Civil Veterinary Department. Madras. Admin. report 1910-25 - 1910-1925
Year: 1910
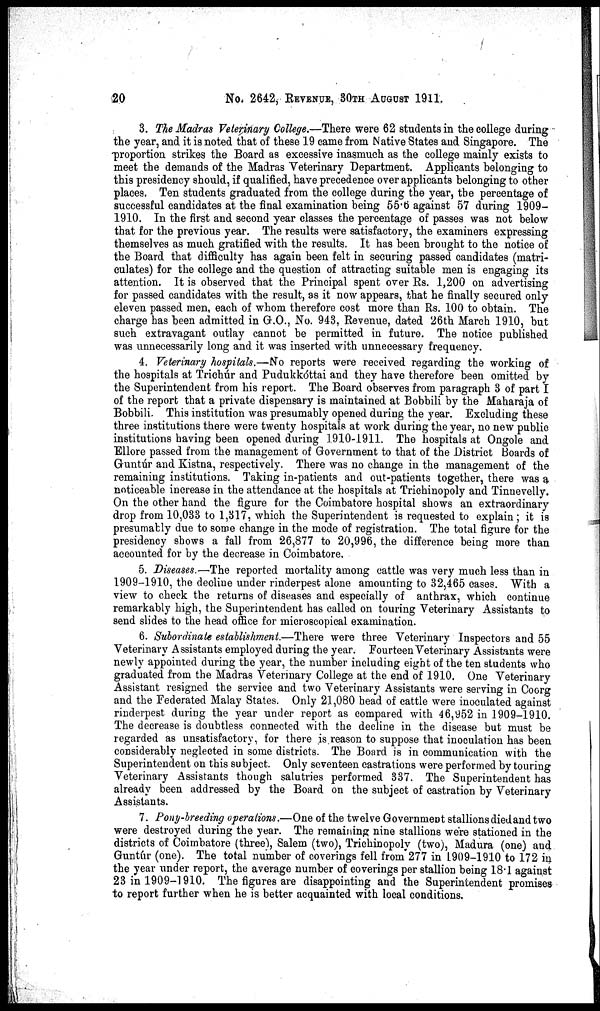
20
No. 2642, REVENUE, 30TH AUGUST 1911.
3. The Madras Veterinary College.—There were 62 students in the college during
the year, and it is noted that of these 19 came from Native States and Singapore. The
proportion strikes the Board as excessive inasmuch as the college mainly exists to
meet the demands of the Madras Veterinary Department. Applicants belonging to
this presidency should, if qualified, have precedence over applicants belonging to other
places. Ten students graduated from the college during the year, the percentage of
successful candidates at the final examination being 55.6 against 57 during 1909-
1910. In the first and second year classes the percentage of passes was not below
that for the previous year. The results were satisfactory, the examiners expressing
themselves as much gratified with the results. It has been brought to the notice of
the Board that difficulty has again been felt in securing passed candidates (matri-
culates) for the college and the question of attracting suitable men is engaging its
attention. It is observed that the Principal spent over Rs. 1,200 on advertising
for passed candidates with the result, as it now appears, that he finally secured only
eleven passed men, each of whom therefore cost more than Rs. 100 to obtain. The
charge has been admitted in G.O., No. 943, Revenue, dated 26th March 1910, but
such extravagant outlay cannot be permitted in future. The notice published
was unnecessarily long and it was inserted with unnecessary frequency.
4. Veterinary hospitals.—No reports were received regarding the working of
the hospitals at Trichúr and Pudukkóttai and they have therefore been omitted by
the Superintendent from his report. The Board observes from paragraph 3 of part I
of the report that a private dispensary is maintained at Bobbili by the Maharaja of
Bobbili. This institution was presumably opened during the year. Excluding these
three institutions there were twenty hospitals at work during the year, no new public
institutions having been opened during 1910-1911. The hospitals at Ongole and
Ellore passed from the management of Government to that of the District Boards of
Guntúr and Kistna, respectively. There was no change in the management of the
remaining institutions. Taking in-patients and out-patients together, there was a
noticeable increase in the attendance at the hospitals at Trichinopoly and Tinnevelly.
On the other hand the figure for the Coimbatore hospital shows an extraordinary
drop from 10,033 to 1,317, which the Superintendent is requested to explain ; it is
presumably due to some change in the mode of registration. The total figure for the
presidency shows a fall from 26,877 to 20,996, the difference being more than
accounted for by the decrease in Coimbatore.
5. Diseases.—The reported mortality among cattle was very much less than in
1909-1910, the decline under rinderpest alone amounting to 32,465 cases. With a
view to check the returns of diseases and especially of anthrax, which continue
remarkably high, the Superintendent has called on touring Veterinary Assistants to
send slides to the head office for microscopical examination.
6. Subordinate establishment.—There were three Veterinary Inspectors and 55
Veterinary Assistants employed during the year. Fourteen Veterinary Assistants were
newly appointed during the year, the number including eight of the ten students who
graduated from the Madras Veterinary College at the end of 1910. One Veterinary
Assistant resigned the service and two Veterinary Assistants were serving in Coorg
and the Federated Malay States. Only 21,080 head of cattle were inoculated against
rinderpest during the year under report as compared with 46,952 in 1909-1910.
The decrease is doubtless connected with the decline in the disease but must be
regarded as unsatisfactory, for there is reason to suppose that inoculation has been
considerably neglected in some districts. The Board is in communication with the
Superintendent on this subject. Only seventeen castrations were performed by touring
Veterinary Assistants though salutries performed 337. The Superintendent has
already been addressed by the Board on the subject of castration by Veterinary
Assistants.
7. Pony-breeding operations.—One of the twelve Government stallions died and two
were destroyed during the year. The remaining nine stallions were stationed in the
districts of Coimbatore (three), Salem (two), Trichinopoly (two), Madura (one) and
Guntúr (one). The total number of coverings fell from 277 in 1909-1910 to 172 in
the year under report, the average number of coverings per stallion being 18.1 against
23 in 1909-1910. The figures are disappointing and the Superintendent promises
to report further when he is better acquainted with local conditions.